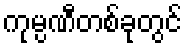
ကုမ္ပဏီတစ်ခုတွင်